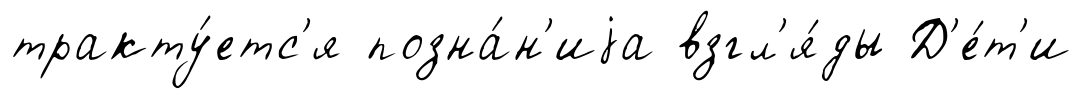
тракту́етс'я позна́н'иjа взгл'я́ды Д'е́т'и